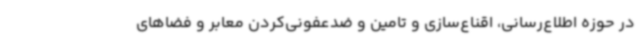
در حوزه اطلاع‌رسانی، اقناع‌سازی و تامین و ضدعفونی‌کردن معابر و فضاهای